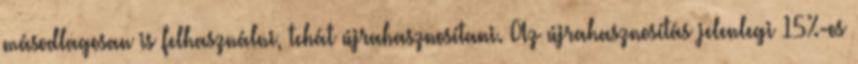
másodlagosan is felhasználni, tehát újrahasznosítani. Az újrahasznosítás jelenlegi 15%-os